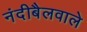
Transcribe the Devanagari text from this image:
नंदीबैलवाले